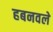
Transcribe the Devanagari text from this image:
हबनवले